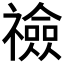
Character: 𥜋